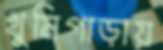
খুমিপাড়ায়